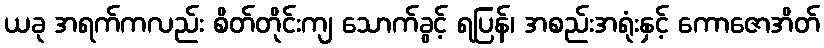
ယခု အရက်ကလည်း စိတ်တိုင်းကျ သောက်ခွင့် ရပြန်၊ အစည်းအရုံးနှင့် ကောဇောအိတ်